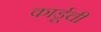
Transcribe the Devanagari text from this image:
कार्डूची